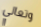
وتعالي